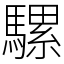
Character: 騾